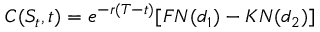
C ( S _ { t } , t ) = e ^ { - r ( T - t ) } [ F N ( d _ { 1 } ) - K N ( d _ { 2 } ) ]